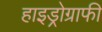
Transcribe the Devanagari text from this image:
हाइड्रोग्राफी